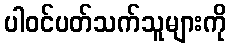
ပါဝင်ပတ်သက်သူများကို